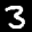
Label: 3